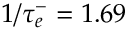
1 / \tau _ { e } ^ { - } = 1 . 6 9